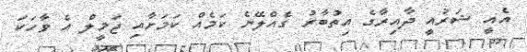
އެއީ ޝަރުއީ ދާއިރާގެ އިތުބާރު ގެއްލޭނެ ކަމެއް ކަމަށާއި ޖަމީލް އެ ވާހަކަ